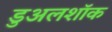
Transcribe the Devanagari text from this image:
डुअलशॉक